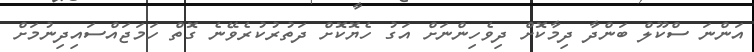
އަންނަ ސްކޫލް ބަންދާ ދިމާކޮށް ދިވެހިންނަށް އަގު ހެޔޮކޮށް ދަތުރުކުރެވޭނެ ގޮތް ހަމަޖައްސައިދިނުމަށް